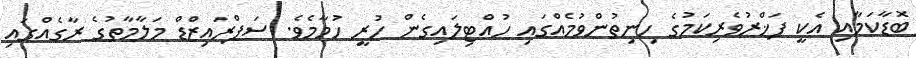
ބޮޑާކަމާއި އެކީ ފަޚްރުވެރިކަމުގެ ހިނިތުންވުމެއްގައި ހުއްޓިލައިގެން ހުރީ ހުމާމެވެ. ސަޕްރައިޒްޑް މަލާމާތުގެ ރާގެއްގައި